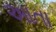
આતા